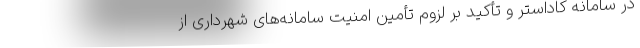
در سامانه کاداستر و تأکید بر لزوم تأمین امنیت سامانه‌های شهرداری از